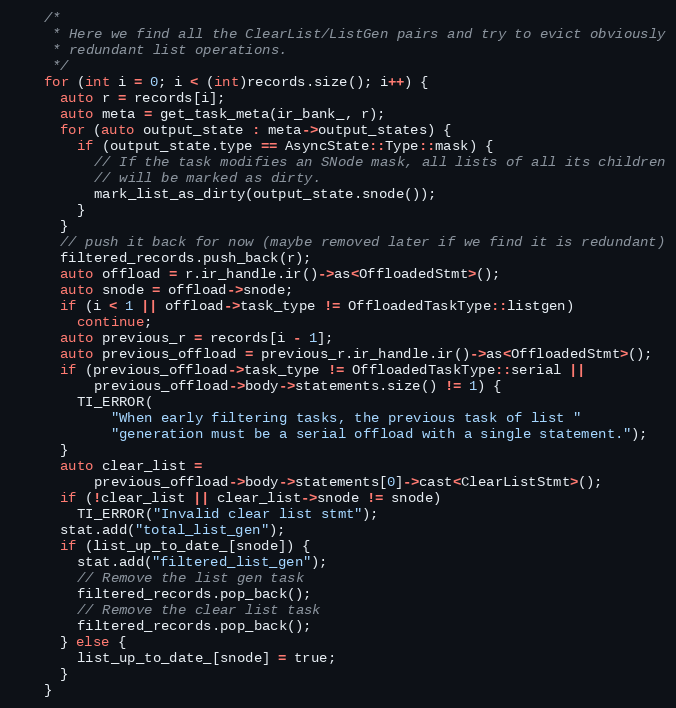
Language: C++
    /*
     * Here we find all the ClearList/ListGen pairs and try to evict obviously
     * redundant list operations.
     */
    for (int i = 0; i < (int)records.size(); i++) {
      auto r = records[i];
      auto meta = get_task_meta(ir_bank_, r);
      for (auto output_state : meta->output_states) {
        if (output_state.type == AsyncState::Type::mask) {
          // If the task modifies an SNode mask, all lists of all its children
          // will be marked as dirty.
          mark_list_as_dirty(output_state.snode());
        }
      }
      // push it back for now (maybe removed later if we find it is redundant)
      filtered_records.push_back(r);
      auto offload = r.ir_handle.ir()->as<OffloadedStmt>();
      auto snode = offload->snode;
      if (i < 1 || offload->task_type != OffloadedTaskType::listgen)
        continue;
      auto previous_r = records[i - 1];
      auto previous_offload = previous_r.ir_handle.ir()->as<OffloadedStmt>();
      if (previous_offload->task_type != OffloadedTaskType::serial ||
          previous_offload->body->statements.size() != 1) {
        TI_ERROR(
            "When early filtering tasks, the previous task of list "
            "generation must be a serial offload with a single statement.");
      }
      auto clear_list =
          previous_offload->body->statements[0]->cast<ClearListStmt>();
      if (!clear_list || clear_list->snode != snode)
        TI_ERROR("Invalid clear list stmt");
      stat.add("total_list_gen");
      if (list_up_to_date_[snode]) {
        stat.add("filtered_list_gen");
        // Remove the list gen task
        filtered_records.pop_back();
        // Remove the clear list task
        filtered_records.pop_back();
      } else {
        list_up_to_date_[snode] = true;
      }
    }